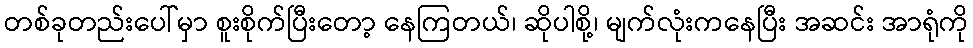
တစ်ခုတည်းပေါ်မှာ စူးစိုက်ပြီးတော့ နေကြတယ်၊ ဆိုပါစို့၊ မျက်လုံးကနေပြီး အဆင်း အာရုံကို